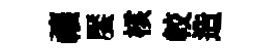
禳饜核較造